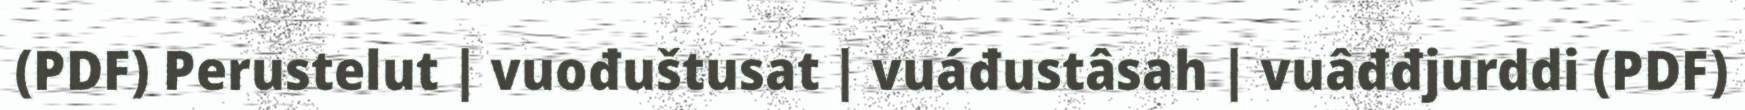
(PDF) Perustelut | vuođuštusat | vuáđustâsah | vuâđđjurddi (PDF)